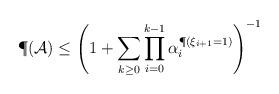
LaTeX: \begin{align*}\P(\mathcal{A})\le \left(1+\sum_{k\ge0}\prod_{i=0}^{k-1} \alpha_i^{\P(\xi_{i+1}=1)}\right)^{-1}\end{align*}